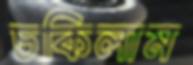
চকিলাম